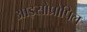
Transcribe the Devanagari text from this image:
आइसोप्रोपिल